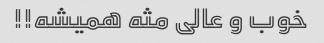
خوب و عالی مثه همیشه!!